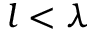
l < \lambda